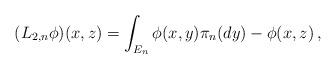
LaTeX: \begin{align*} (L_{2,n}\phi)(x,z)=\int_{E_n}\phi(x,y)\pi_n(dy)-\phi(x,z)\, ,\end{align*}